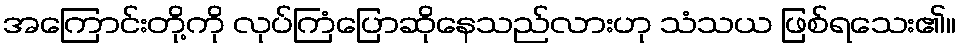
အကြောင်းတို့ကို လုပ်ကြံပြောဆိုနေသည်လားဟု သံသယ ဖြစ်ရသေး၏။